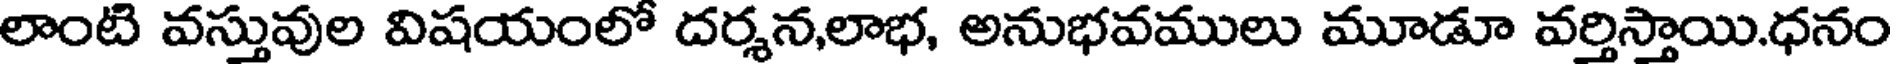
లాంటి వస్తువుల విషయంలో దర్శన,లాభ, అనుభవములు మూడూ వర్తిస్తాయి.ధనం